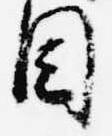
目